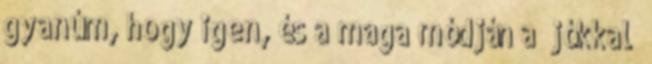
gyanúm, hogy igen, és a maga módján a “jókkal”